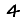
Digit: 4